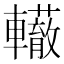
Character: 𨏣